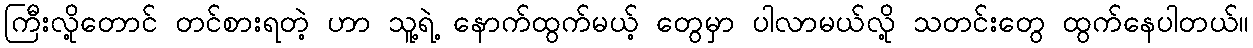
ကြီးလို့တောင် တင်စားရတဲ့ ဟာ သူ့ရဲ့ နောက်ထွက်မယ့် တွေမှာ ပါလာမယ်လို့ သတင်းတွေ ထွက်နေပါတယ်။